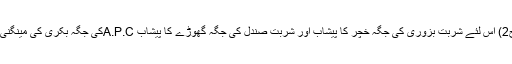
ثنائيہ ص68 ج2) اس لئے شربت بزوری کی جگہ خچر کا پيشاب اور شربت صندل کی جگہ گھوڑے کا پيشاب A.P.Cکی جگہ بکری کی مينگنی مل سکتی ہے۔